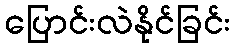
ပြောင်းလဲနိုင်ခြင်း